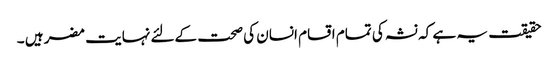
حقیقت یہ ہے کہ نشہ کی تمام اقسام انسان کی صحت کےلئے نہایت مضر ہیں ۔